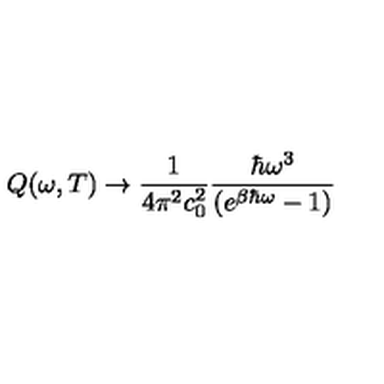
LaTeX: Q ( \omega , T ) \to \frac { 1 } { 4 \pi ^ { 2 } c _ { 0 } ^ { 2 } } \frac { \hbar \omega ^ { 3 } } { ( e ^ { \beta \hbar \omega } - 1 ) }